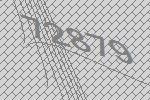
72879